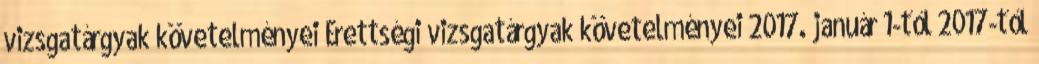
vizsgatárgyak követelményei Érettségi vizsgatárgyak követelményei 2017. január 1-től 2017-től